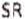
SR